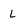
Character: L